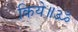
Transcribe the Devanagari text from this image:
किये॥ॐ